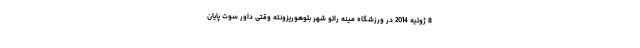
8 ژوئیه 2014 در ورزشگاه مینه رائو شهر بلوهوریزونته وقتی داور سوت پایان